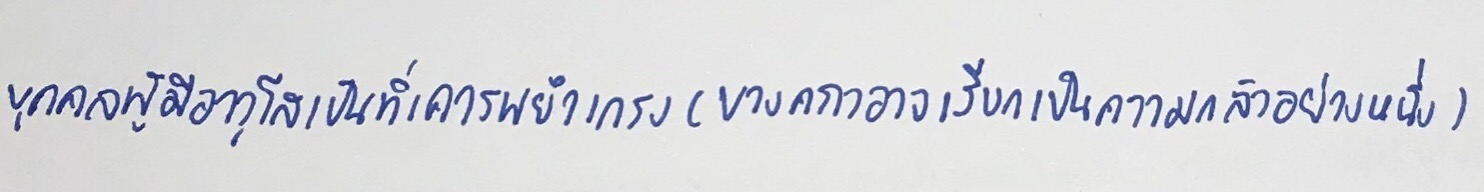
บุคคลผู้มีอาวุโสเป็นที่เคารพยำเกรง(บางคราวอาจเรียกเป็นความกลัวอย่างหนึ่ง)